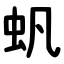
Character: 䖠